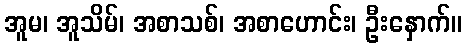
အူမ၊ အူသိမ်၊ အစာသစ်၊ အစာဟောင်း၊ ဦးနှောက်။